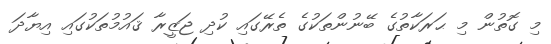
މި ގޮތުން މި ޙަރަކާތުގެ ބޭނުންތަކުގެ ތެރޭގައި ކުދި ޖަޒީރާ ޤައުމުތަކުގައި އިޔާދަ